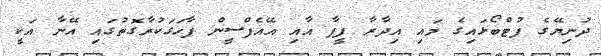
ދުނިޔޭގެ ފުޓްބޯޅައިގެ މައި އިދާރާ ފީފާ އާއި އޭއެފްސީން ފާހަގަކުރާގޮތުގައި އޭނާ އަކީ